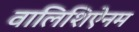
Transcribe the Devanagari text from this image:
वालिशिऐनम